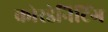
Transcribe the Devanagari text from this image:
कोरडेनिटिंग